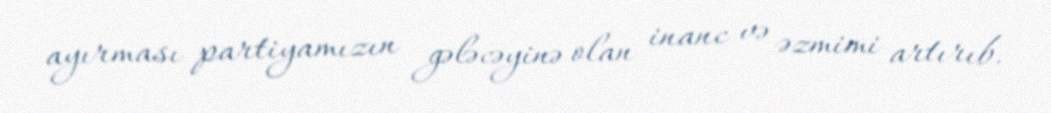
ayırması partiyamızın gələcəyinə olan inanc və əzmimi artırıb.